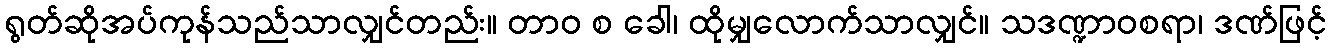
ရွတ်ဆိုအပ်ကုန်သည်သာလျှင်တည်း။ တာဝ စ ခေါ၊ ထိုမျှလောက်သာလျှင်။ သဒဏ္ဍာဝစရာ၊ ဒဏ်ဖြင့်